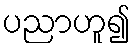
ပညာဟူ၍